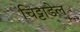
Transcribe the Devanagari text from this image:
चिट्टाडेल